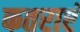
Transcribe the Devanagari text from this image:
कतराएं